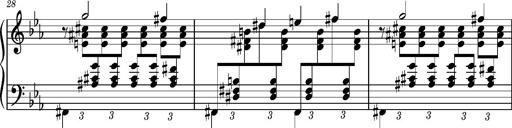
Title: PrÃ©ludes et Harmonies poÃ©tiques et religieuses
Composer: Franz Liszt